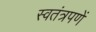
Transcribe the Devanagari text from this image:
स्वतंत्रपणें